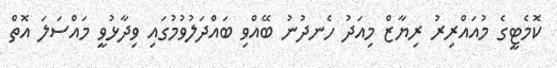
ކޮމެޓީގެ މުއައްރިރު ރިޔާޒް މިއަދު ހެނދުނު ބޭއްވި ބައްދަލުވުމުގައި ވިދާޅުވީ މައްސަލަ އޮތް